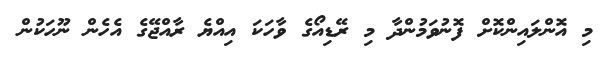
މި އޮންލައިންކޮށް ފޮނުވަމުންދާ މި ރޭޑިއޯގެ ވާހަކަ އިއްޔެ ރާއްޖޭގެ އެހެން ނޫހަކުން